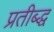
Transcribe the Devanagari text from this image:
प्रतीब्द्ध